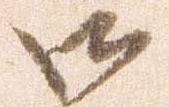
御